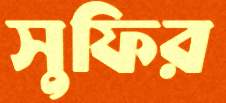
সুফির